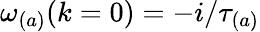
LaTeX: \omega_{(a)}(k=0)=-i/\tau_{(a)}